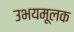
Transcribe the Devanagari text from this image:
उभयमूलक